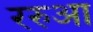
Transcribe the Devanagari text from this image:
ररुआ